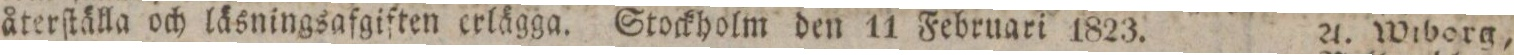
återſtälla och läsningsafgiften erlägga. Stockholm den 11 Februari 1823.    A. Wiborg,